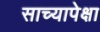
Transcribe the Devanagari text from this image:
साच्यापेक्षा